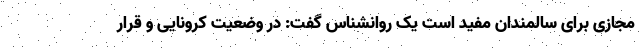
مجازی برای سالمندان مفید است یک روانشناس گفت: در وضعیت کرونایی و قرار